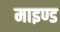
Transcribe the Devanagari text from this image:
माइण्ड